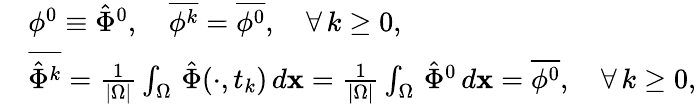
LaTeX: \begin{array}{rl}&{\phi^{0}\equiv\hat{\Phi}^{0},\quad\overline{{\phi^{k}}}=\overline{{\phi^{0}}},\quad\forall\, k\ge 0,}\\ &{\overline{{\hat{\Phi}^{k}}}=\frac{1}{|\Omega|}\int_{\Omega}\, \hat{\Phi}(\cdot,t_{k})\, d{\mathbf x}=\frac{1}{|\Omega|}\int_{\Omega}\, \hat{\Phi}^{0}\, d{\mathbf x}=\overline{{\phi^{0}}},\quad\forall\, k\ge 0,}\end{array}